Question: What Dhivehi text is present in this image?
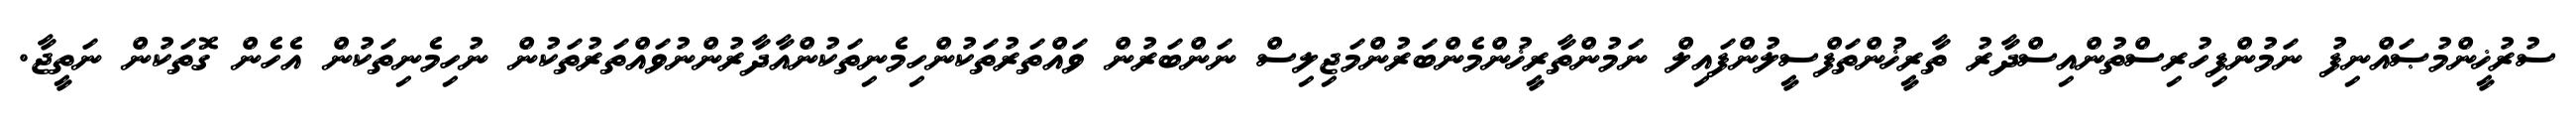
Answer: ސުރުޚީންމުޞައްނިފު ނަމުންފިހުރިސްތުންއިސްދާރު ތާރީޚުންތަފްސީލުންފައިލް ނަމުންތާރީޚުންމެންބަރުންމަޖިލިސް ނަންބަރުން ވައްތަރުތަކުންހިމެނިތަކުންއާދާރުންނުވައްތަރުތަކުން ނުހިމެނިތަކުން އެހެން ގޮތަކުން ނަތީޖާ.